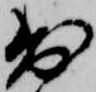
出